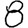
Digit: 8